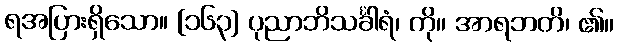
ရအပြားရှိသော။ [၁၆၃] ပုညာဘိသင်္ခါရံ၊ ကို။ အာရဘတိ၊ ၏။